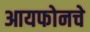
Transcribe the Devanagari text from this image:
आयफोनचे